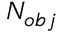
N _ { o b j }